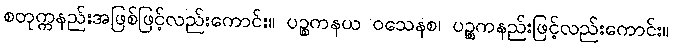
စတုက္ကနည်းအဖြစ်ဖြင့်လည်းကောင်း။ ပဉ္စကနယ ဝသေနစ၊ ပဉ္စကနည်းဖြင့်လည်းကောင်း။